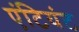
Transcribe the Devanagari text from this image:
एंटियंट